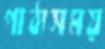
পাঠ্যসময়